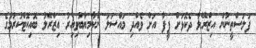
ފަލަސްތީނުން އިޒްރޭލާ ދެކޮޅަށް ފީފާ އަށް ވެއްދި މައްސަލަ ނާކާމިޔާބުވިއިރު އިޒްރޭލު ބޮއިކޮޓްކުރުމުގެ